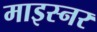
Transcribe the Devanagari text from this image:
माइस्नर